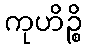
ကုဟိဉ္စိ